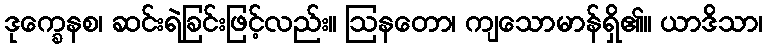
ဒုက္ခေနစ၊ ဆင်းရဲခြင်းဖြင့်လည်း။ ဩနတော၊ ကျသောမာန်ရှိ၏။ ယာဒိသာ၊